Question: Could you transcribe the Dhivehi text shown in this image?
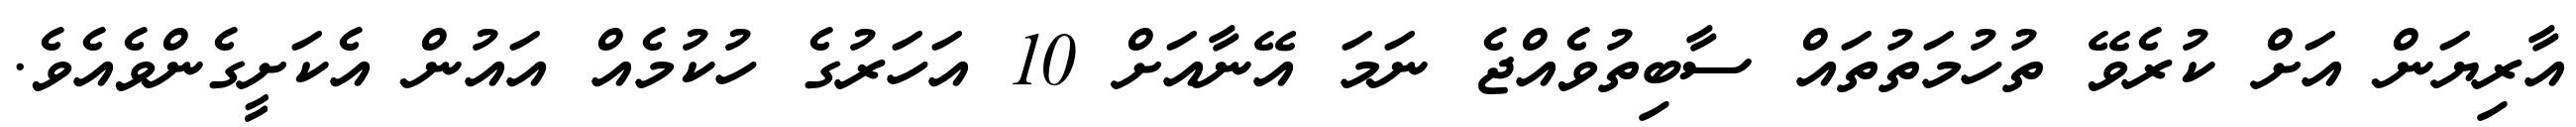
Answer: އާރިޔަން އަށް ކުރެވޭ ތުހުމަތުތައް ސާބިތުވެއްޖެ ނަމަ އޭނާއަށް 10 އަހަރުގެ ހުކުމެއް އައުން އެކަށީގެންވެއެވެ.